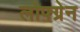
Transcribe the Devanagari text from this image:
लोफ्ग्रेन